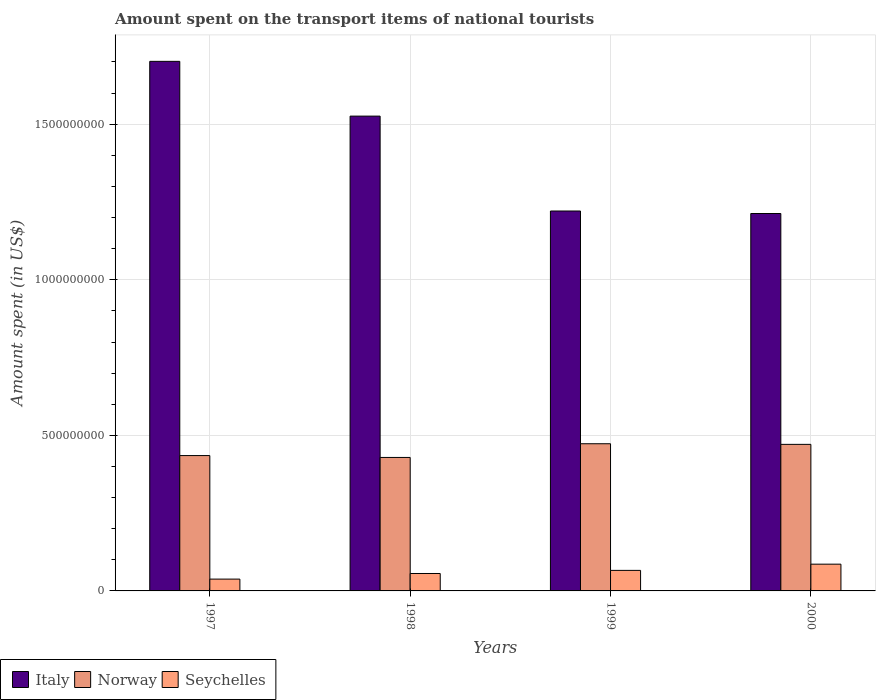
| Years | Italy | Norway | Seychelles |
 | --- | --- | --- | --- |
 | 1997 | 1.7e+09 | 4.35e+08 | 3.8e+07 |
 | 1998 | 1.53e+09 | 4.29e+08 | 5.6e+07 |
 | 1999 | 1.22e+09 | 4.73e+08 | 6.6e+07 |
 | 2000 | 1.21e+09 | 4.71e+08 | 8.6e+07 |